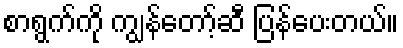
စာရွက်ကို ကျွန်တော့်ဆီ ပြန်ပေးတယ်။